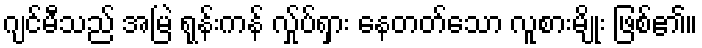
ဂျင်မီသည် အမြဲ ရုန်းကန် လ်ှုပ်ရှား နေတတ်သော လူစားမျိုး ဖြစ်၏။